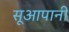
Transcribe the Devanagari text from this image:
सूआपानी